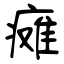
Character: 瘫